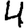
Digit: 4